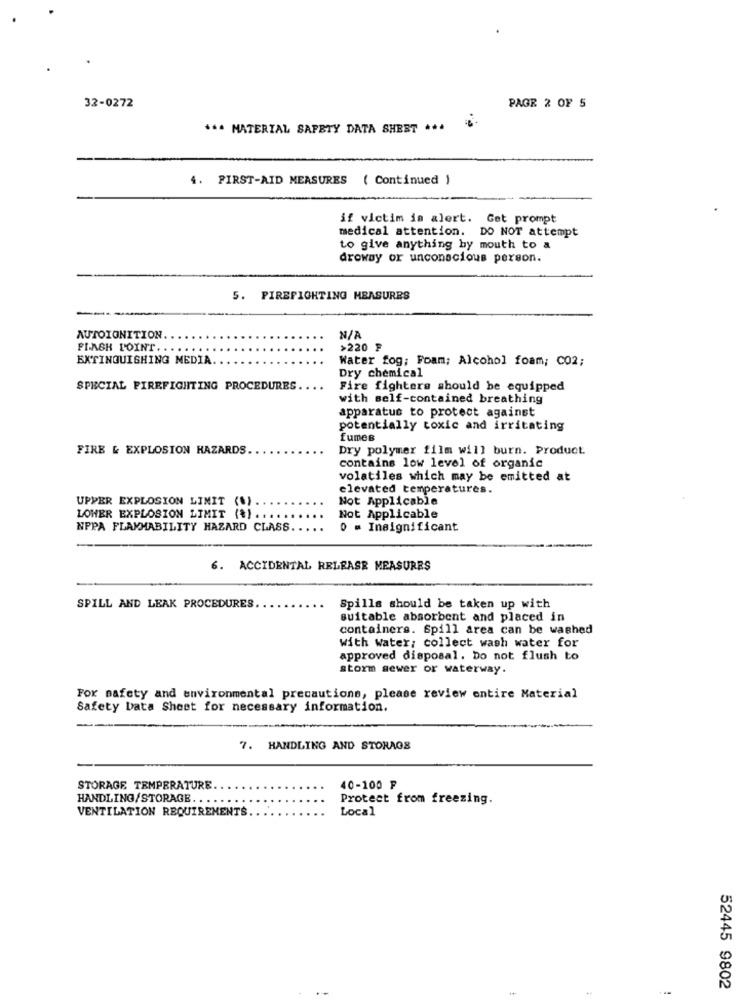
32-0272
PAGE 2 OF 5
**. MATERIAL SAFETY DATA SHEET ***
4. FIRST-AID MEASURES ( Continued )
if victim in alert. Get prompt
medical attention. DO NOT attempt
to give anything by mouth to a
drowsy or unconscious person.
5. PIREFIGHTING MEASURES
AUTOIGNITION
N/
FLASH POINT.
>220 ₣
EXTINGUISHING MEDIA.
Water fog; Foam; Alcohol foam; C02;
Dry chemical
SPECIAL FIREFIGHTING PROCEDURES
Fire fighters should be equipped
with self-contained breathing
apparatus to protect against
potentially toxic and irritating
fumes
FIRE & EXPLOSION HAZARDS.
Dry polymer film will burn. Product
contains low level of organic
volatiles which may be emitted at
elevated temperatures.
UPPER EXPLOSION LIMIT (%)
Not Applicable
Not Applicable
LOHER EXPLOSION LIMIT (*) . ..
NPPA FLAMMABILITY HAZARD CLASS
0 = Insignificant
6. ACCIDENTAL RELEASE MEASURES
SPILL AND LEAK PROCEDURES.
Spills should be taken up with
suitable absorbent and placed in
containers. Spill area can be washed
with water; collect wash water for
approved disposal. Do not flush to
storm sewer or waterway.
For safety and environmental precautions, please review entire Material
Safety Data Sheet for necessary information.
7. HANDLING AND STORAGE
STORAGE TEMPERATURE
40-100 ₽
HANDLING/STORAGE ...
Protect from freezing.
VENTILATION REQUIREMENTS
Local
52445 9802